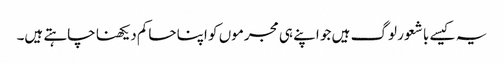
یہ کیسے با شعور لوگ ہیں جو اپنے ہی مجرموں کو اپنا حاکم دیکھنا چاہتے ہیں۔